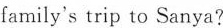
family's trip to Sanya?